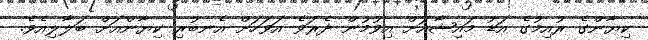
ކިޔާންގެ ރުއިމުގެ އަޑު މައިޝާއަށް އިވުމުން ދެރަވެ އަވަހަށް އެނބުރި ކިޔާންއަށް ބަލާލިއެވެ.